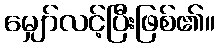
မျှော်လင့်ပြီးဖြစ်၏။